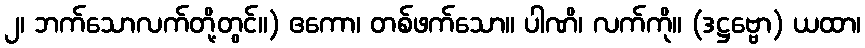
၂၊ ဘက်သောလက်တို့တွင်။) ဧကော၊ တစ်ဖက်သော။ ပါဏိ၊ လက်ကို။ (ဒဋ္ဌဗ္ဗော) ယထာ၊